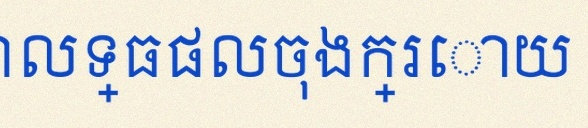
គណនាលទ្ធផលចុងក្រោយ